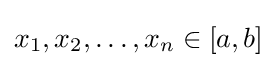
x_{1},x_{2},\dots ,x_{n}\in [a,b]